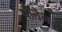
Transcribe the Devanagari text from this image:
पीतेन